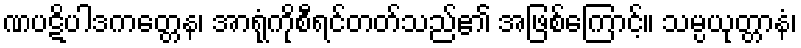
ဏပဋိပါဒကတ္တေန၊ အာရုံကိုစီရင်တတ်သည်၏ အဖြစ်ကြောင့်။ သမ္ပယုတ္တာနံ၊